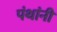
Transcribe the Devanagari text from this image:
पंथांनी